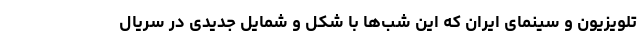
تلویزیون و سینمای ایران که این شب‌ها با شکل و شمایل جدیدی در سریال